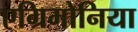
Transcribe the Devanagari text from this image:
एग्रिमोनिया